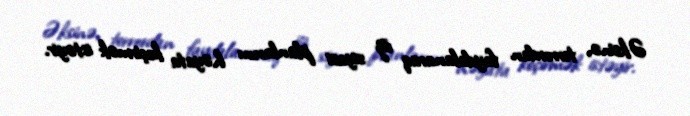
Əksinə, terrordan faydalanaraq öz siyasi planlarını həyata keçirmək istəyir.